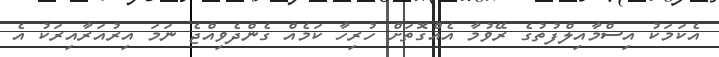
އެކަމަކު އިސްމާއިލްފުތުގެ ރޭވުމާ އެއްގޮތަށް ހުރިހާ ކަމެއް ގެންދެވިއްޖެ ނަމަ އިރުއަރާއިރަކު އެ